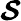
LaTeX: \mathbfcal{S}